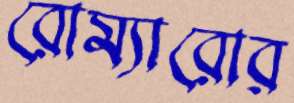
রোম্যারোর